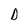
Character: D